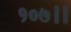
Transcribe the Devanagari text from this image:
१०७।।